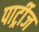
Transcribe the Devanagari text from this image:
पार्ट्रीज